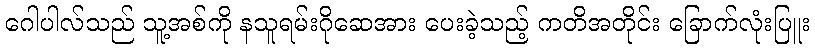
ဂေါပါလ်သည် သူ့အစ်ကို နသူရမ်းဂိုဆေအား ပေးခဲ့သည့် ကတိအတိုင်း ခြောက်လုံးပြူး